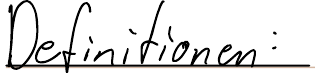
Definitionen: